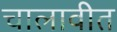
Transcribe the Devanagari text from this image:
चालावीत